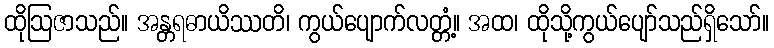
ထိုဩဇာသည်။ အန္တရဓာယိဿတိ၊ ကွယ်ပျောက်လတ္တံ့။ အထ၊ ထိုသို့ကွယ်ပျော်သည်ရှိသော်။